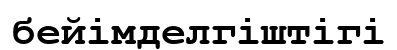
бейімделгіштігі